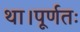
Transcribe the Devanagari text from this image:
था।पूर्णतः